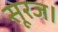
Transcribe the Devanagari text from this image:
सूरज।